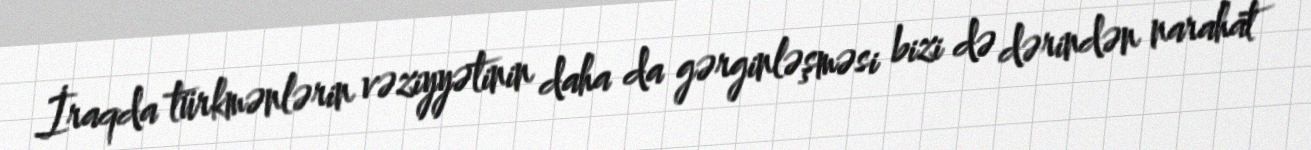
İraqda türkmənlərin vəziyyətinin daha da gərginləşməsi bizi də dərindən narahat